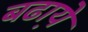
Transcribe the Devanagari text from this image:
बढा़ये